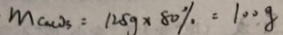
M _ { C a C O _ { 3 } } = 1 2 5 g \times 8 0 \% = 1 0 0 g